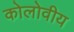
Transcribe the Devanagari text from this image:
कोलोवीय